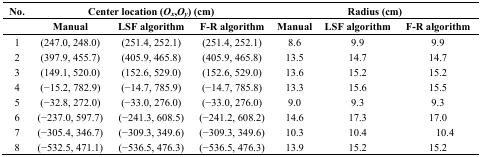
<table><thead><tr><td><b>No.</b></td><td colspan="3"><b>Center location (<i>O</i><i><sub>x</sub></i>,<i>O</i><i><sub>y</sub></i>) (cm)</b></td><td colspan="3"><b>Radius (cm)</b></td></tr><tr><td></td><td><b>Manual</b></td><td><b>LSF algorithm</b></td><td><b>F-R algorithm</b></td><td><b>Manual</b></td><td><b>LSF algorithm</b></td><td><b>F-R algorithm</b></td></tr></thead><tbody><tr><td>1</td><td>(247.0, 248.0)</td><td>(251.4, 252.1)</td><td>(251.4, 252.1)</td><td>8.6</td><td>9.9</td><td>9.9</td></tr><tr><td>2</td><td>(397.9, 455.7)</td><td>(405.9, 465.8)</td><td>(405.9, 465.8)</td><td>13.5</td><td>14.7</td><td>14.7</td></tr><tr><td>3</td><td>(149.1, 520.0)</td><td>(152.6, 529.0)</td><td>(152.6, 529.0)</td><td>13.6</td><td>15.2</td><td>15.2</td></tr><tr><td>4</td><td>(−15.2, 782.9)</td><td>(−14.7, 785.9)</td><td>(−14.7, 785.8)</td><td>13.3</td><td>15.6</td><td>15.5</td></tr><tr><td>5</td><td>(−32.8, 272.0)</td><td>(−33.0, 276.0)</td><td>(−33.0, 276.0)</td><td>9.0</td><td>9.3</td><td>9.3</td></tr><tr><td>6</td><td>(−237.0, 597.7)</td><td>(−241.3, 608.5)</td><td>(−241.2, 608.2)</td><td>14.6</td><td>17.3</td><td>17.0</td></tr><tr><td>7</td><td>(−305.4, 346.7)</td><td>(−309.3, 349.6)</td><td>(−309.3, 349.6)</td><td>10.3</td><td>10.4</td><td>10.4</td></tr><tr><td>8</td><td>(−532.5, 471.1)</td><td>(−536.5, 476.3)</td><td>(−536.5, 476.3)</td><td>13.9</td><td>15.2</td><td>15.2</td></tr></tbody></table>